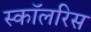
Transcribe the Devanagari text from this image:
स्कॉलरिस